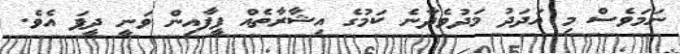
ނަމަވެސް މި އަދަދު މަދުވެދާނެ ކަމުގެ އިޝާރާތެއް ފީފާއިން ވަނީ ދީފަ އެވެ.